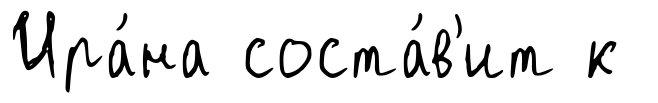
Ира́на соста́в'ит к